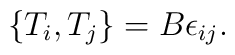
\{ T_i, T_j \} = B\epsilon_{ij}.